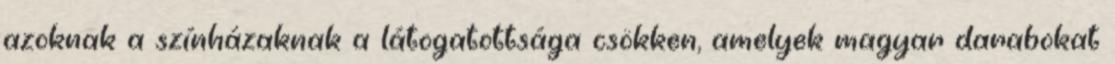
azoknak a színházaknak a látogatottsága csökken, amelyek magyar darabokat